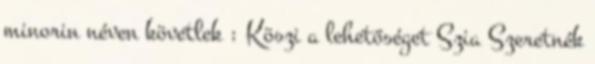
minorin néven követlek : Köszi a lehetőséget Szia Szeretnék